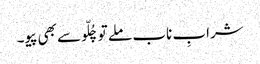
شرابِ ناب ملے تو چُلّو سے بھی پیو۔